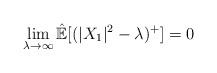
LaTeX: \begin{align*}\lim_{\lambda\rightarrow\infty}\mathbb{\hat{E}}[(|X_1|^2-\lambda)^+]=0\end{align*}